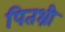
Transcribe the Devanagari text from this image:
पितश्री